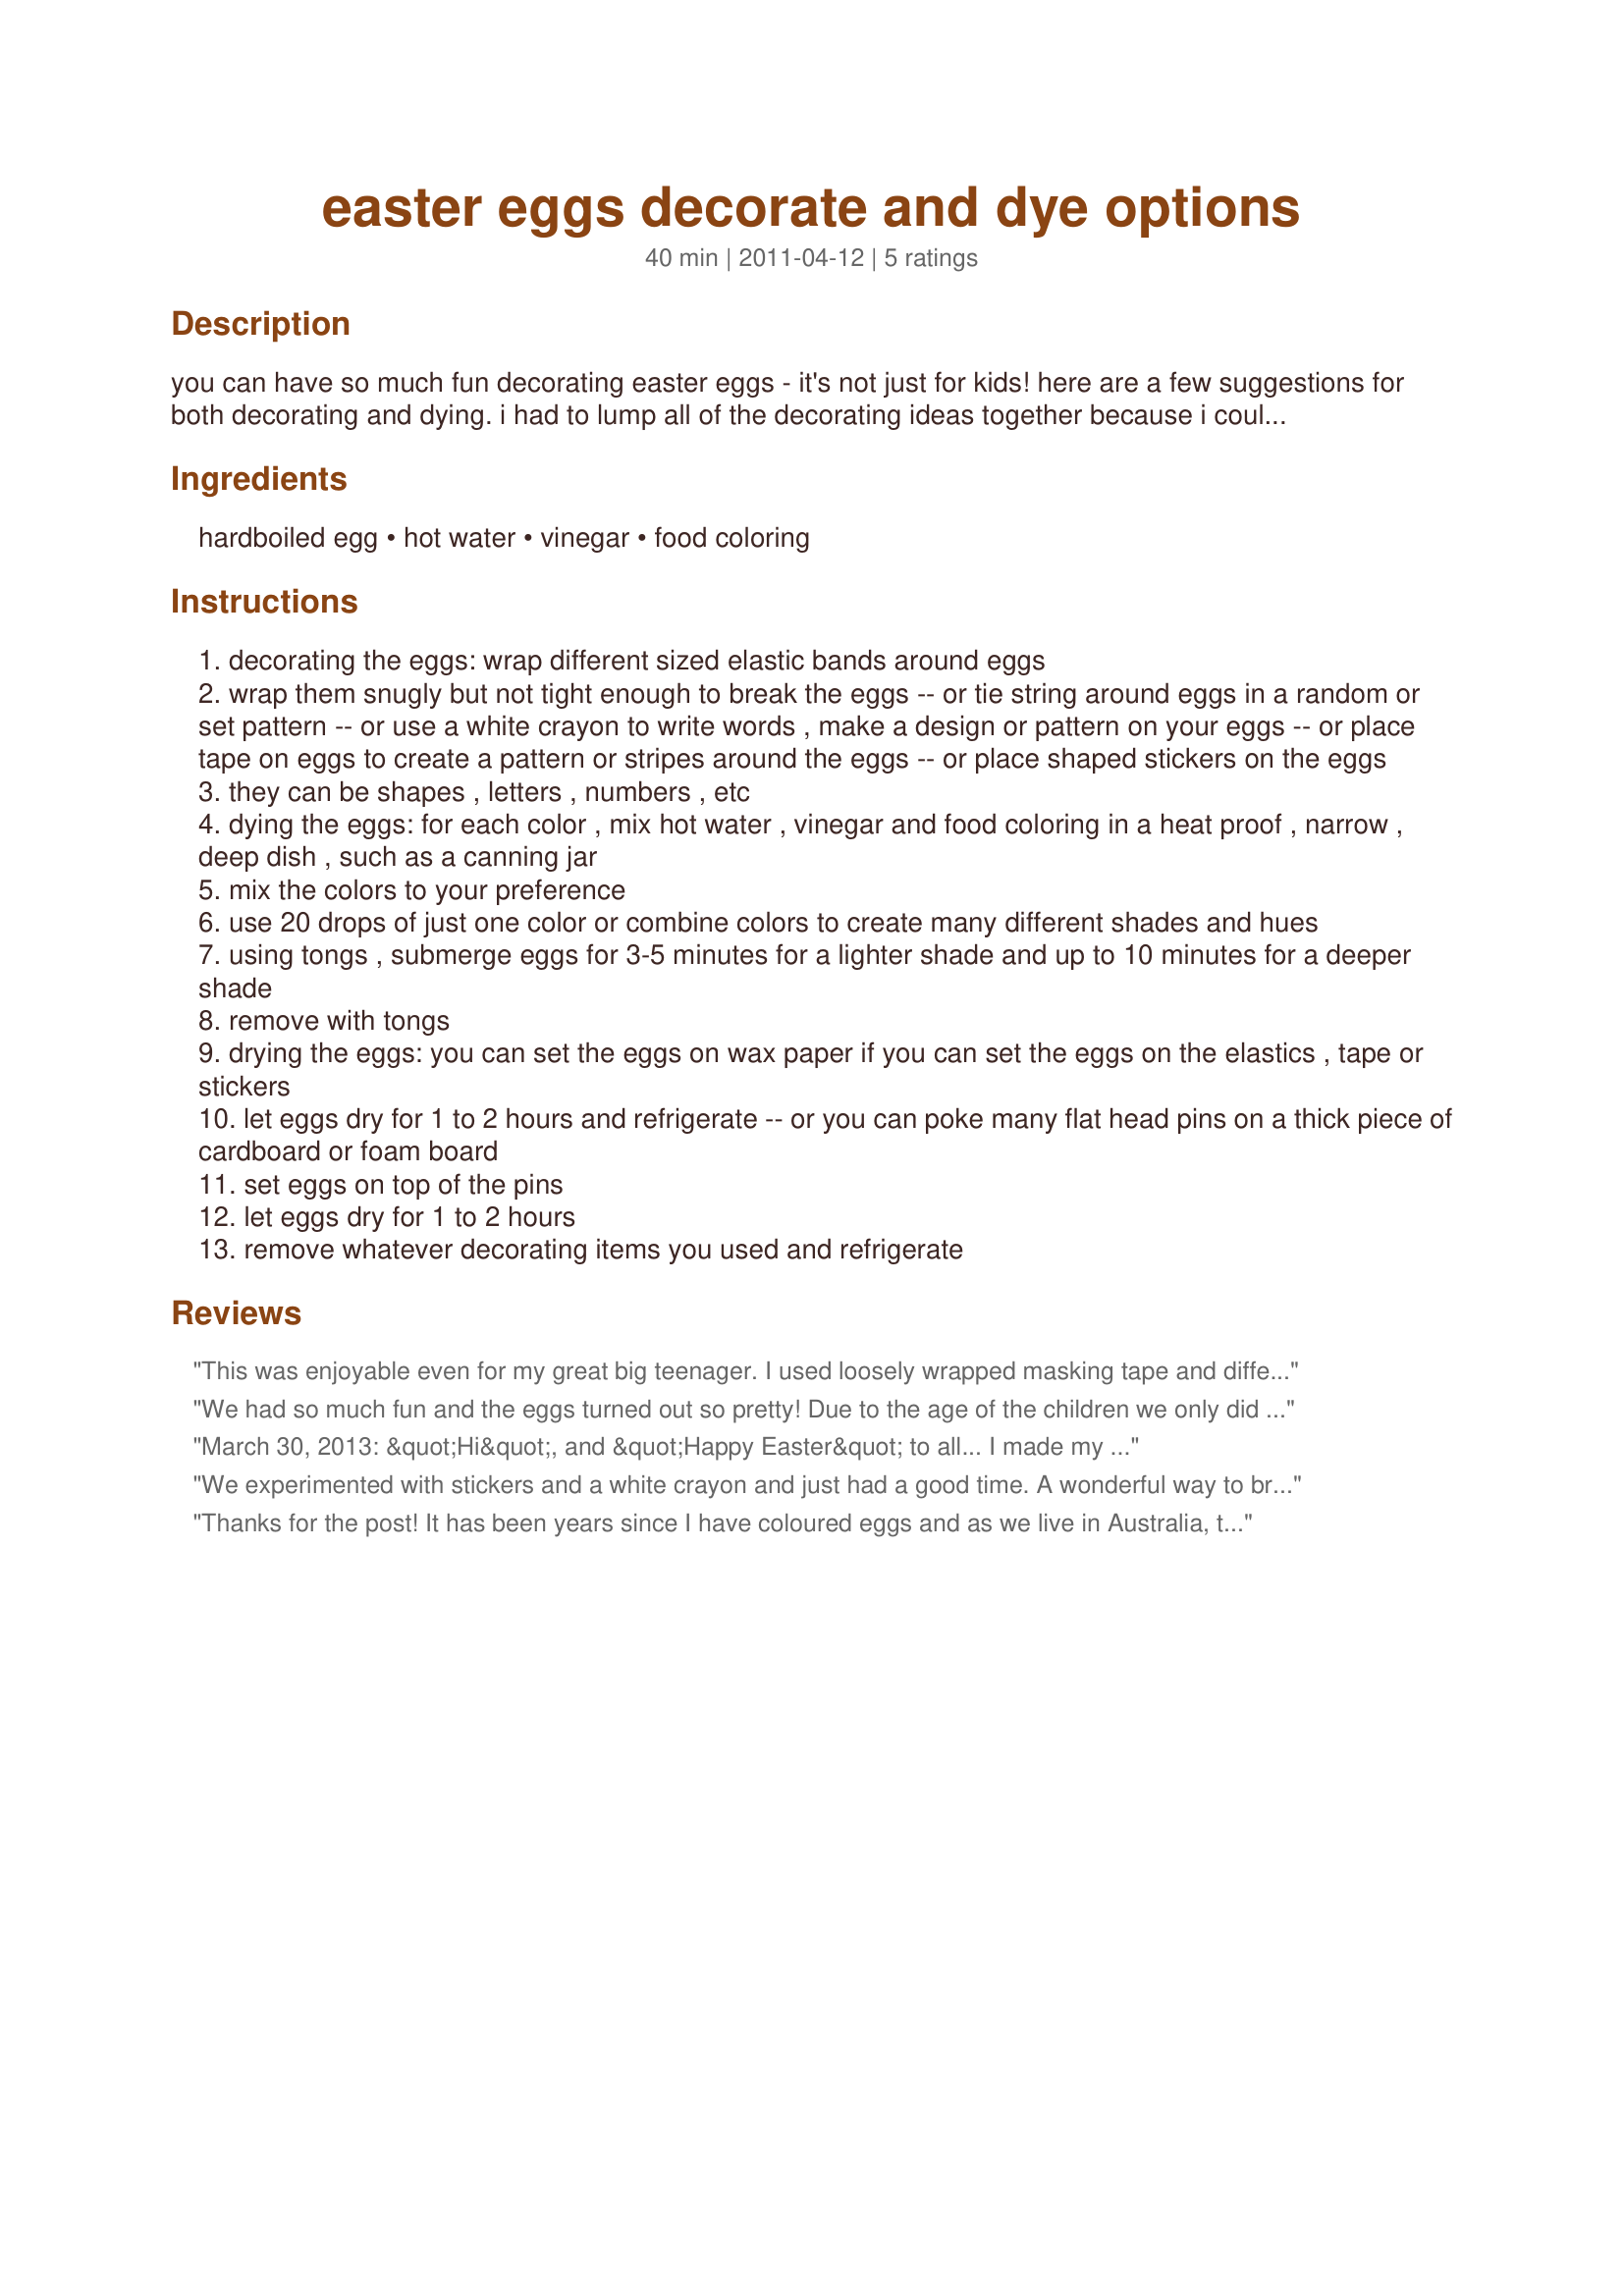
easter eggs decorate and dye options
Preparation time: 40 minutes

you can have so much fun decorating easter eggs - it's not just for kids! here are a few suggestions for both decorating and dying. i had to lump all of the decorating ideas together because i couldn't list the different items in the ingredients. the ideas are easy, just take a look! i hope you find something that can express your artistic flair! enjoy!

Ingredients:
hardboiled egg, hot water, vinegar, food coloring

Steps:
decorating the eggs: wrap different sized elastic bands around eggs
wrap them snugly but not tight enough to break the eggs -- or tie string around eggs in a random or set pattern -- or use a white crayon to write words , make a design or pattern on your eggs -- or place tape on eggs to create a pattern or stripes around the eggs -- or place shaped stickers on the eggs
they can be shapes , letters , numbers , etc
dying the eggs: for each color , mix hot water , vinegar and food coloring in a heat proof , narrow , deep dish , such as a canning jar
mix the colors to your preference
use 20 drops of just one color or combine colors to create many different shades and hues
using tongs , submerge eggs for 3-5 minutes for a lighter shade and up to 10 minutes for a deeper shade
remove with tongs
drying the eggs: you can set the eggs on wax paper if you can set the eggs on the elastics , tape or stickers
let eggs dry for 1 to 2 hours and refrigerate -- or you can poke many flat head pins on a thick piece of cardboard or foam board
set eggs on top of the pins
let eggs dry for 1 to 2 hours
remove whatever decorating items you used and refrigerate

Reviews:
This was enjoyable even for my great big teenager. I used loosely wrapped masking tape and different colors to create a sort of tie-dye effect. We also made plain ones. So much fun! Thanks for posting!
We had so much fun and the eggs turned out so pretty! Due to the age of the children we only did plain solid colors. Nif just loved your suggestions and directions as they make egg dying and decorating a snap. Thanks so much for the post.
March 30, 2013: &quot;Hi&quot;, and &quot;Happy Easter&quot; to all... I made my beautifully colored eggs this year using this method (rather than the store bought dissolve a tablet and dip method). However, I did get somewhat creative with this concoction. Coloring live eggs is dangerous... I let the water COMPLETELY cool before dipping them... (I did not want to hard boil them). Just be sure that you have latex gloves on, and have plain paper (like waxed, butchers paper) over your table/counter top while preparing these... (edible food coloring can permanently stain some surfaces). Thank you for sharing this recipe. Made for PRMR - Spring 2013. UPDATE June 7, 2014: I forgot to mention that we did this again with this years spring hatch! Soooo much fun, Nif! The grand-kids love waiting for their Easter eggs to become &quot;real&quot;. I&#039;m attempting to add photos of the new babies, but it might not get approved at this point in time (I should have done it immediately). The color of the eggs, once again, stayed intact in the incubator and the babies have no harm from the dye or vinegar (although I do use a smaller amount of the vinegar than stated, and I DO cool the water to room temp before dunking). Just thought I would update you, hun! :)
We experimented with stickers and a white crayon and just had a good time. A wonderful way to bring family together for Easter fun. Thanks for all the ideas on decorating eggs.
Thanks for the post! It has been years since I have coloured eggs and as we live in Australia, there are no colouring kits like when I grew up. I can't wait!!!
